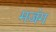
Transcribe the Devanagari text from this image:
मजंग